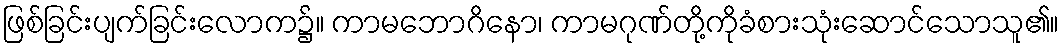
ဖြစ်ခြင်းပျက်ခြင်းလောက၌။ ကာမဘောဂိနော၊ ကာမဂုဏ်တို့ကိုခံစားသုံးဆောင်သောသူ၏။